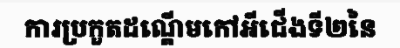
ការប្រកួតដណ្តើមកៅអីជើងទី២នៃ